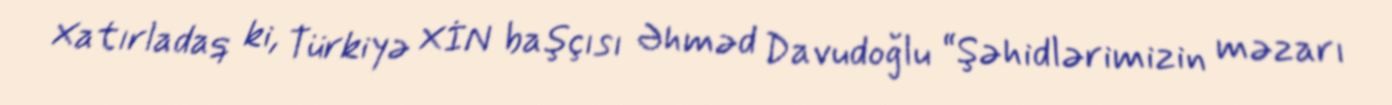
Xatırladaq ki, Türkiyə XİN başçısı Əhməd Davudoğlu “Şəhidlərimizin məzarı